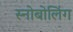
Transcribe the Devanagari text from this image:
स्नोबोलिंग